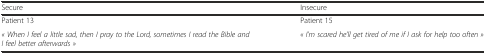
<table><thead><tr><td><b>Secure</b></td><td><b>Insecure</b></td></tr></thead><tbody><tr><td>Patient 13</td><td>Patient 15</td></tr><tr><td><i>« When I feel a little sad, then I pray to the Lord, sometimes I read the Bible and I feel better afterwards »</i></td><td><i>« I’m scared he’ll get tired of me if I ask for help too often »</i></td></tr></tbody></table>